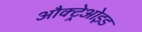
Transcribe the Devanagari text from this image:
औक्ट्रेओइड